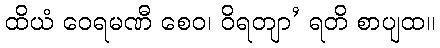
ထိယံ ဝေရမဏီ စေဝ၊ ဝိရတျာ’ ရတိ စာပျထ။